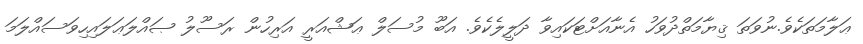
ޢަލާމަތަކެވެ.ނުވަތަ ޤިޔާމަތްދުވަހު އެނާއަށްޓަކައިވާ ދަލީލެކެވެ. އަބޫ މުސަލް ޢަޝްއަރީ އަރިހުން ރަސޫލު ޞައްލަޢަލައިހިވަސައްލަމަަ